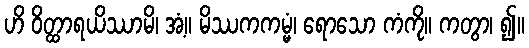
ဟိ ဝိတ္ထာရယိဿာမိ၊ အံ့။ မိဿကကမ္မံ၊ ရောသော ကံကို။ ကတွာ၊ ၍။